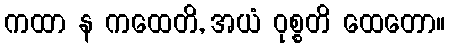
ကထာ န ကထေတိ, အယံ ဝုစ္စတိ ထေတော။